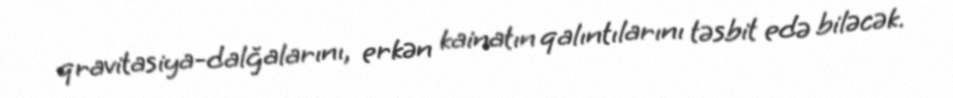
qravitasiya-dalğalarını, erkən kainatın qalıntılarını təsbit edə biləcək.